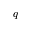
q